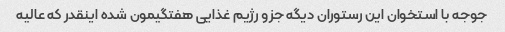
جوجه با استخوان این رستوران دیگه جزو رژیم غذایی هفتگیمون شده اینقدر که عالیه